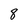
Character: 8